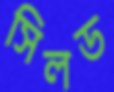
সিলড